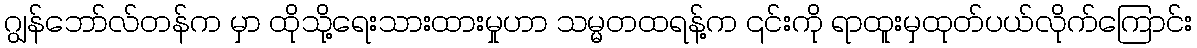
ဂျွန်ဘော်လ်တန်က မှာ ထိုသို့ရေးသားထားမှုဟာ သမ္မတထရန့်က ၎င်းကို ရာထူးမှထုတ်ပယ်လိုက်ကြောင်း